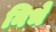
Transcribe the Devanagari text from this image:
निभें